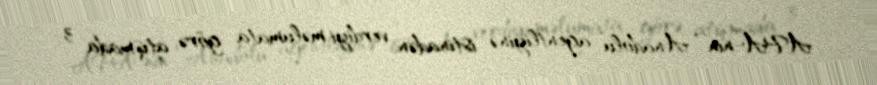
APA-nın “Anadolu” agentliyinə istinadən verdiyi məlumata görə, atışmada 3